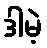
ဒါမဲ့